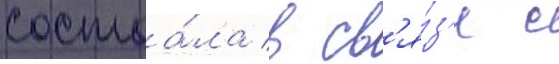
состоа́ла в св'я́з'и с